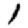
Digit: 1